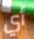
أي